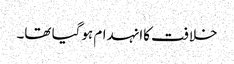
خلافت کاانہدام ہوگیا تھا۔